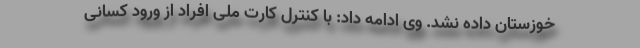
خوزستان داده نشد. وی ادامه داد: با کنترل کارت ملی افراد از ورود کسانی